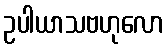
ဥပါယာသဗဟုလော